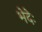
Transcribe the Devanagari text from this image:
भेदेः